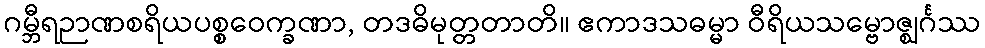
ဂမ္ဘီရဉာဏစရိယပစ္စဝေက္ခဏာ, တဒဓိမုတ္တတာတိ။ ဧကာဒသဓမ္မာ ဝီရိယသမ္ဗောဇ္ဈင်္ဂဿ